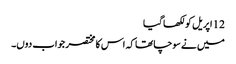
12 اپریل کو لکھا گیا
میں نے سوچا تھا کہ اس کا مختصر جواب دوں۔